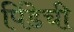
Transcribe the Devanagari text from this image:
पिंडेची